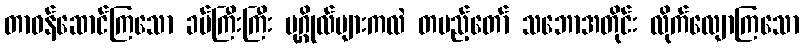
တာဝန်ဆောင်ကြသော ခပ်ကြီးကြီး ပုဂ္ဂိုလ်များကလဲ တပည့်တော် သဘောအတိုင်း လိုက်လျောကြသော